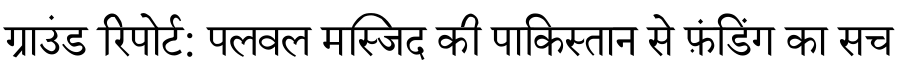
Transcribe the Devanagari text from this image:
ग्राउंड रिपोर्ट: पलवल मस्जिद की पाकिस्तान से फ़ंडिंग का सच